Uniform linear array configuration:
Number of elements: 24
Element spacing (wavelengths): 0.5
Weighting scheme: blackman
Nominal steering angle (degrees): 45
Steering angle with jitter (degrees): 46.93
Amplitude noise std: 0.05
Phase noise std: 0.05

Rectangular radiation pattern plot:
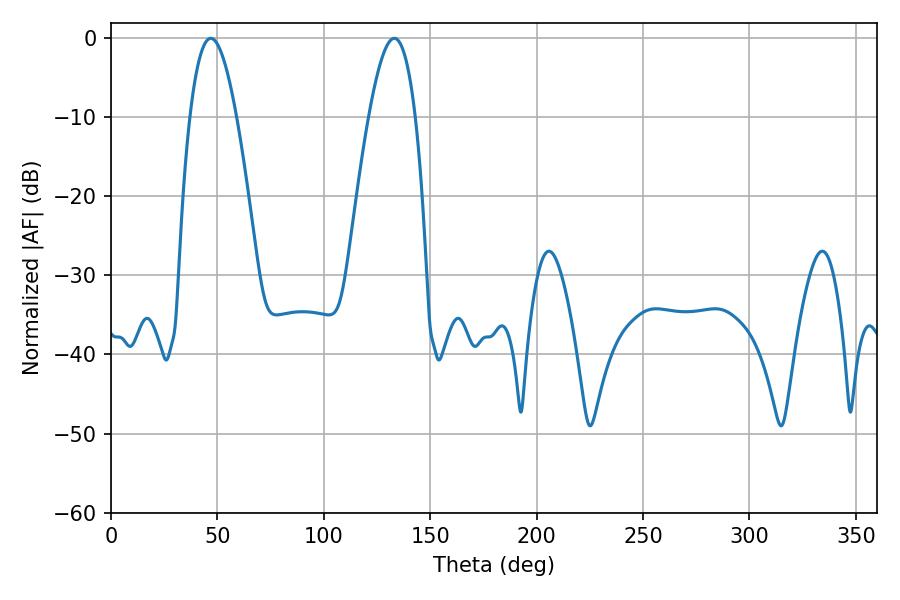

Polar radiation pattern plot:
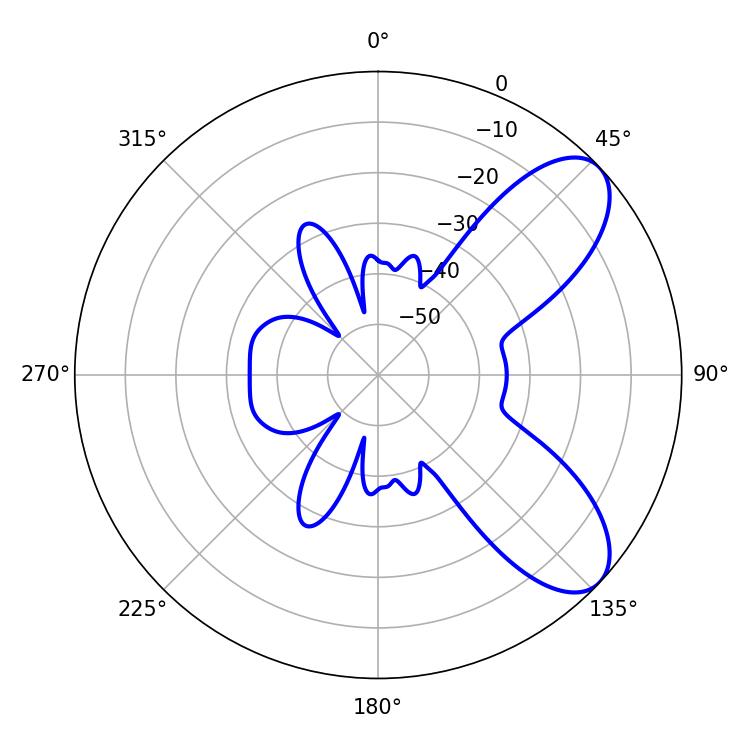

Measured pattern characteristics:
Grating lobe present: FALSE
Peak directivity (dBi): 7.817
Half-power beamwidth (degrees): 12.06
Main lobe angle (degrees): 46.8